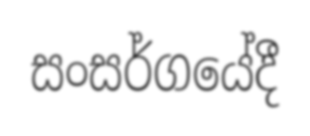
සංසර්ගයේදී